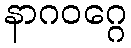
နာဂဝဂ္ဂေ